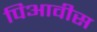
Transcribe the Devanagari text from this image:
पिआवीस